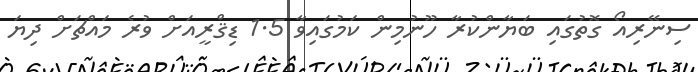
ސިނޭރިއޯ ގޮތުގައި ބަޔާންކުރާ ހޫނުމިން ކަމުގައިވާ 1.5 ޑިޤްރީއަށް ވުރެ މައްޗަށް ދިޔަ